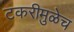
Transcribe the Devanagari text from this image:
टकरीमुळेच